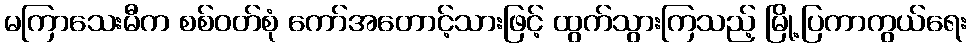
မကြာသေးမီက စစ်ဝတ်စုံ ကော်အတောင့်သားဖြင့် ထွက်သွားကြသည့် မြို့ပြကာကွယ်ရေး